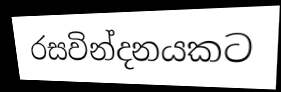
රසවින්දනයකට